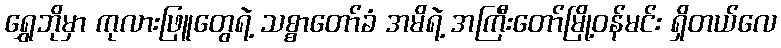
ရွှေဘိုမှာ ကုလားဖြူတွေရဲ့ သစ္စာတော်ခံ အမိရဲ့ အကြီးတော်မြို့ဝန်မင်း ရှိတယ်လေ